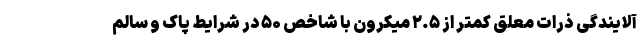
آلایندگی ذرات معلق کمتر از ۲.۵ میکرون با شاخص ۵۰ در شرایط پاک و سالم